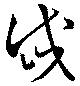
岱